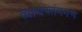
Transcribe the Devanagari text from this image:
व्याधपतंगगण